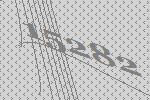
15282